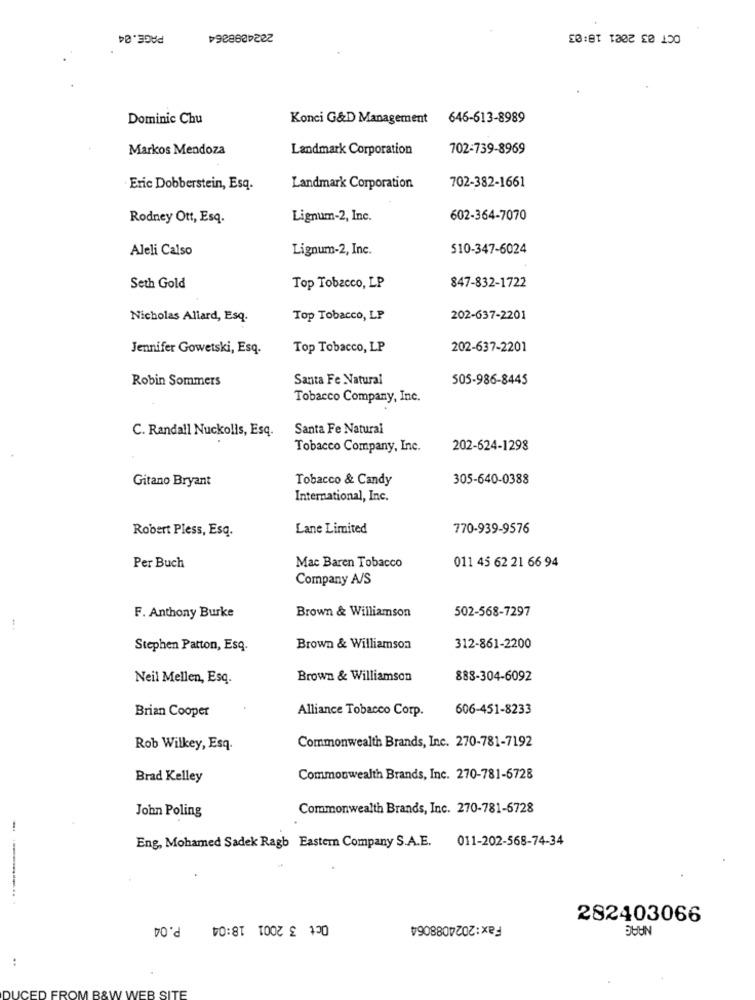
PAGE.04
2024098364
OCT 03 2021 18:03
Dominic Chu
Konci G&D Management
646-613-8989
Markos Mendoza
Landmark Corporation
702-739-8969
Eric Dobberstein, Esq.
Landmark Corporation
702-382-1661
Rodney Ott, Esq.
Lignum-2, Inc.
602-364-7070
Aleli Calso
Lignum-2, Inc.
510-347-6024
Seth Gold
Top Tobacco, LP
847-832-1722
Nicholas Allard, Esq.
Top Tobacco, LP
202-637-2201
Jennifer Gowetski, Esq.
Top Tobacco, LP
202-637-2201
Robin Sommers
Santa Fe Natural
505-986-8445
Tobacco Company, Inc.
C. Randall Nuckollis, Esq.
Santa Fe Natural
Tobacco Company, Inc.
202-624-1298
Gitano Bryant
Tobacco & Candy
305-640-0388
International, Inc.
Robert Pless, Esq.
Lane Limited
770-939-9576
Per Buch
Mac Baren Tobacco
011 45 62 21 66 94
Company A/S
Brown & Williamson
502-568-7297
F. Anthony Burke
Stephen Patton, Esq.
Brown & Williamson
312-861-2200
Neil Mellen, Esq.
Brown & Williamson
888-304-6092
Brian Cooper
Alliance Tobacco Corp.
606-451-8233
Commonwealth Brands, Inc. 270-781-7192
Rob Wilkey, Esq.
Brad Kelley
Commonwealth Brands, Inc. 270-781-6728
Commonwealth Brands, Inc. 270-781-6728
John Poling
Eng, Mohamed Sadek Ragb Easter Company S.A.E.
011-202-568-74-34
........... .
P.04
Oct 3 2001 18:04
Fax:2024088064
282403066
NAAC
VEB SITE
ICED